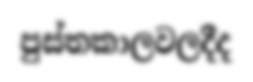
පුස්තකාලවලදීද